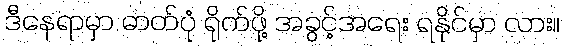
ဒီနေရာမှာ ဓာတ်ပုံ ရိုက်ဖို့ အခွင့်အရေး ရနိုင်မှာ လား။